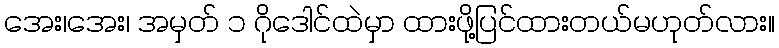
အေး၊အေး၊ အမှတ် ၁ ဂိုဒေါင်ထဲမှာ ထားဖို့ပြင်ထားတယ်မဟုတ်လား။